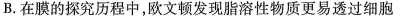
B.在膜的探究历程中，欧文顿发现脂溶性物质更易透过细胞